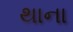
થાના